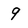
Character: 9